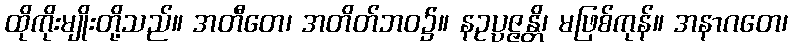
ထိုကိုးမျိုးတို့သည်။ အတီတေ၊ အတိတ်ဘဝ၌။ နဥပ္ပဇ္ဇန္တိ၊ မဖြစ်ကုန်။ အနာဂတေ၊